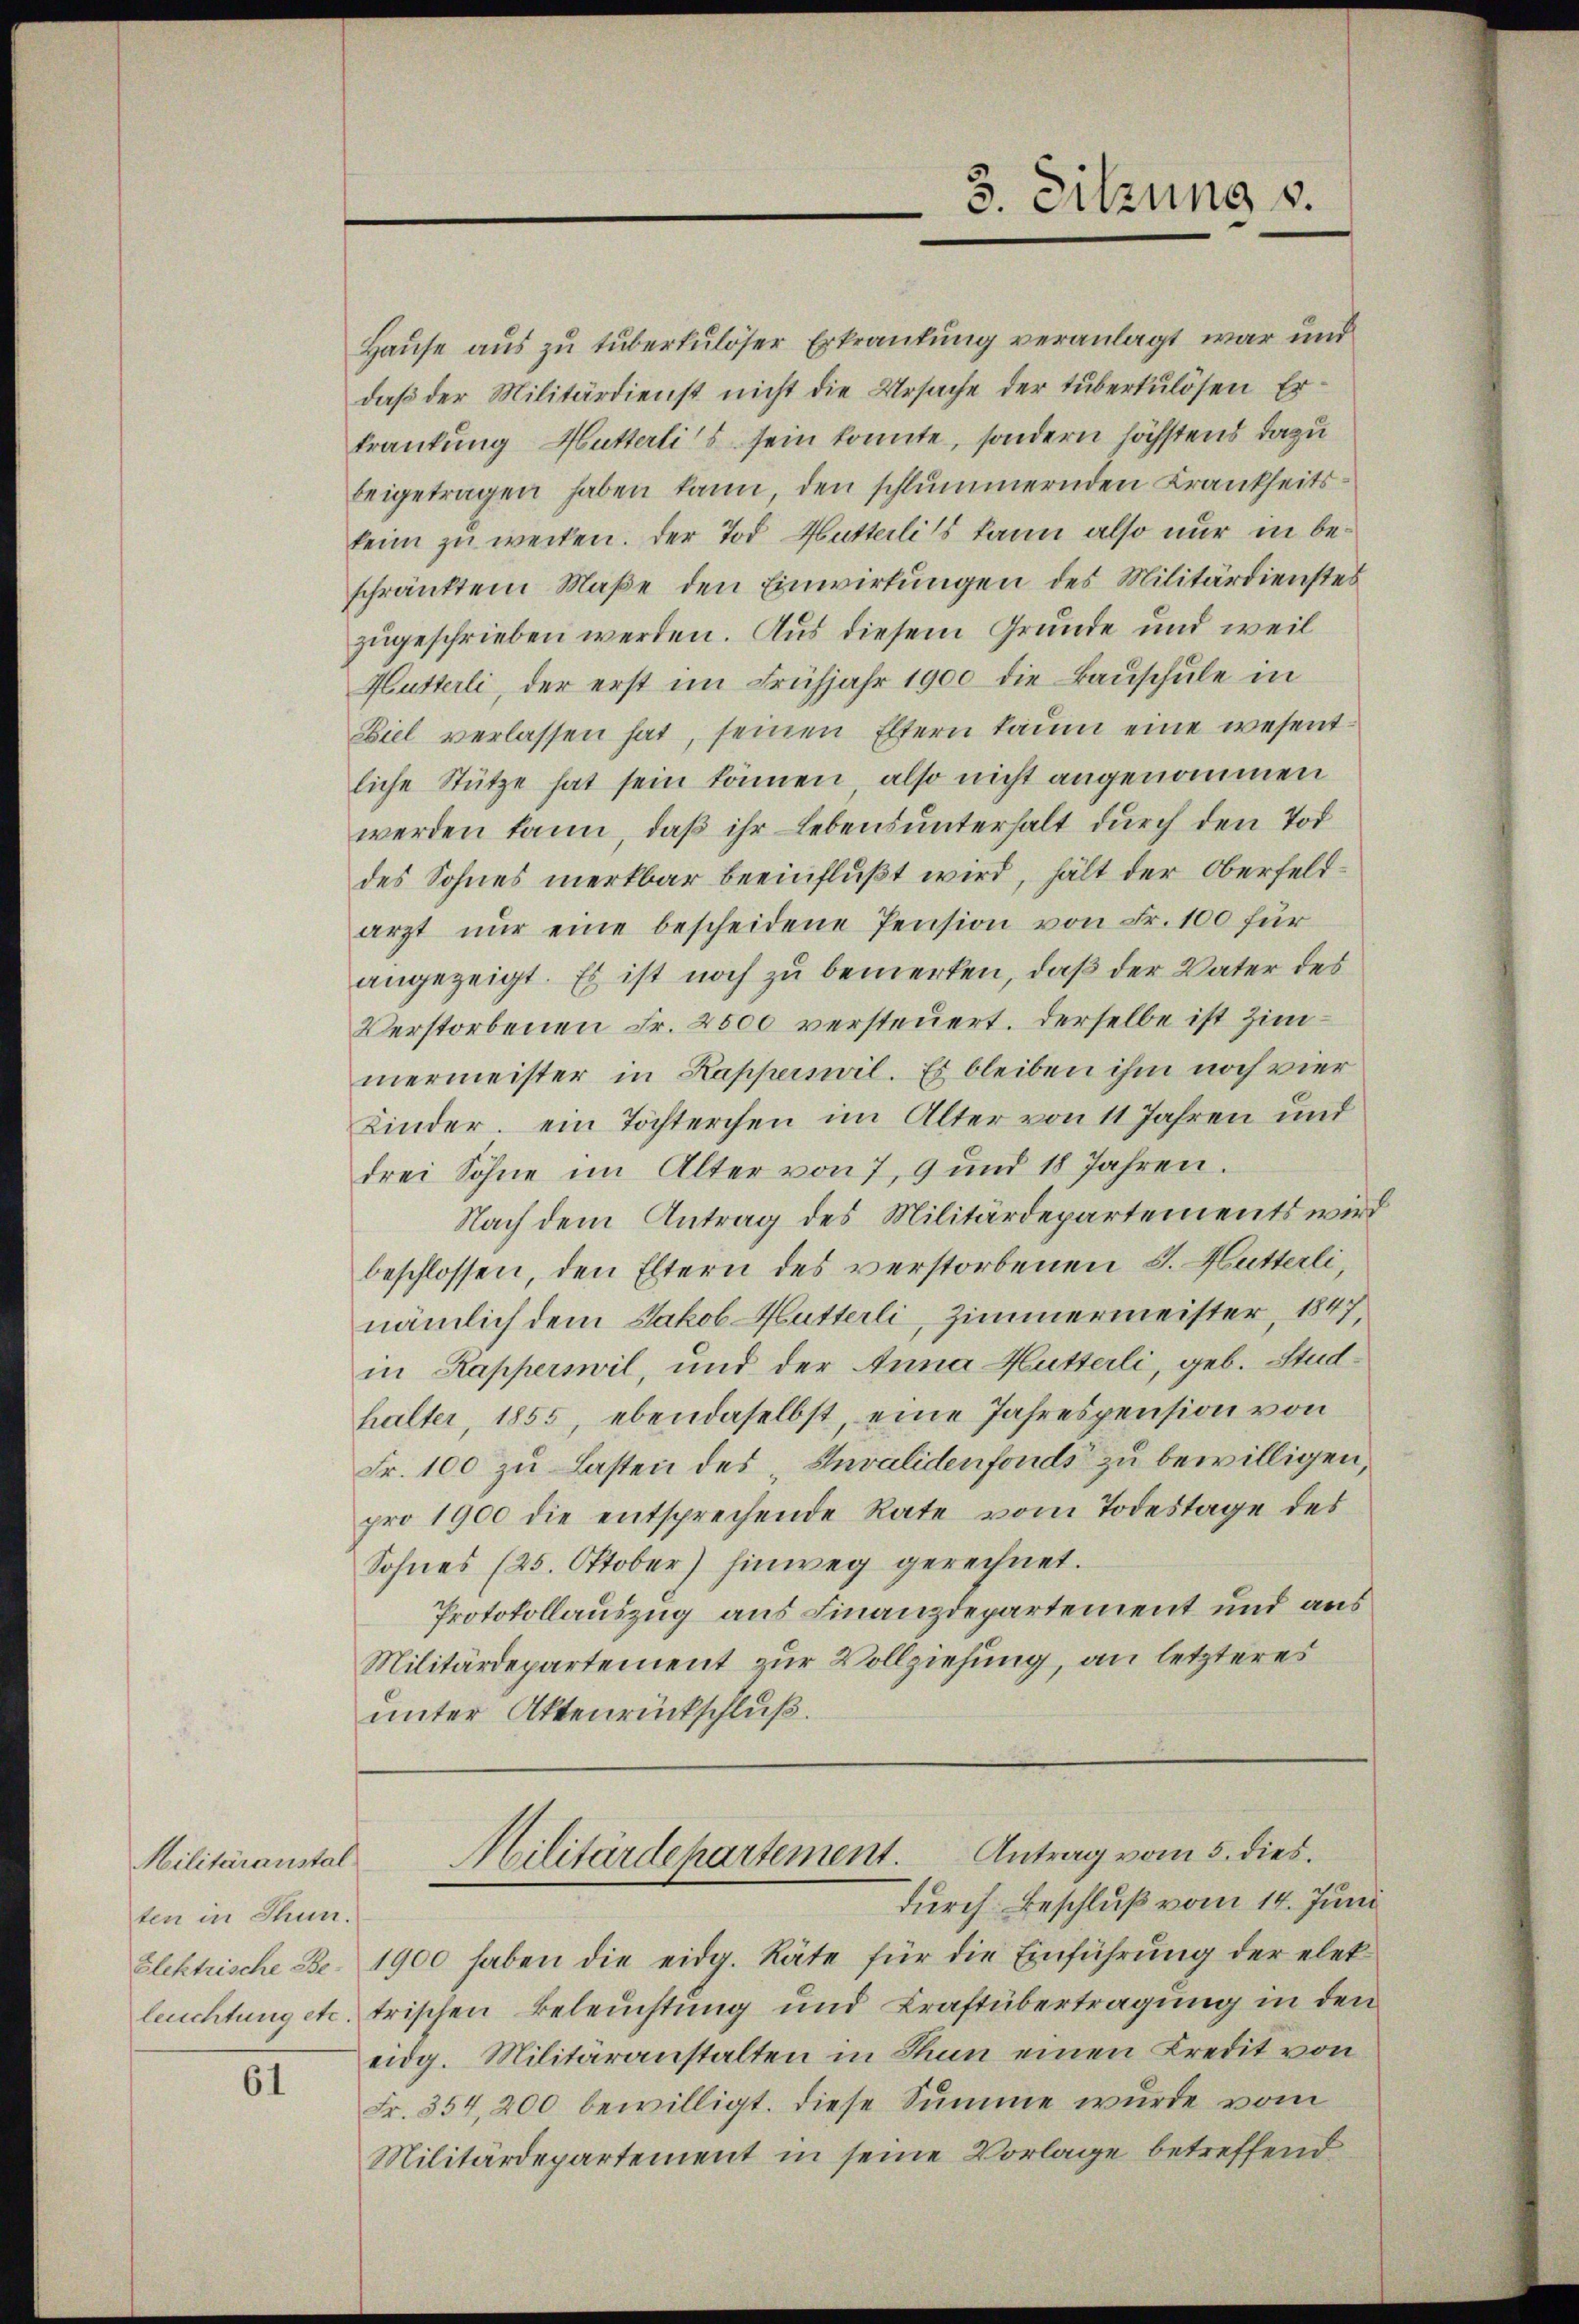
3. Sitzung v.

Hause aus zu tuberkulöser Erkrankung veranlagt war und
daß der Militärdienst nicht die Ursache der tuberkulösen Er
krankung Hutterlis sein konnte, sondern höchstens dazu
beigetragen haben kann den schlummernden Krankseitskeim zu wecken. Der Tod Mutterlits kann also nur in beschränktem Maße den Einwirkungen des Militärdienstes
zugeschrieben werden. Aus diesem Grunde und weil
Hutterli, der erst im Frühjahr 1900 die Bauschule in
Ziel verlassen hat, seinen Eltern kaum eine wesentliche Stütze hat sein können, also nicht angenommen
werden kann, daß ihr Lebensunterhalt durch den Tod
des Sohnes merkbar beeinflußt wird, hält der Oberfeldarzt nŭr eine bescheidene Pension von Fr. 100 für
angezeigt. Es ist noch zu bemerken, daß der Vater des
Verstorbenen Fr. 2500 versteuert. Derselbe ist Zimmermeister in Kapperswil. Es bleiben ihm noch vier
Kinder, ein Töchterchen im Alter von 11 Jahren und
drei Söhne im Alter von 7, 9 und 18 Jahren.
Nach dem Antrag des Militärdepartements wird
beschlossen, den Eltern des verstorbenen S. Hutterli,
nämlich dem Jakob Hutterli, Zimmermeister, 1847,
in Kapperswil, und der Anna Hutterli, geb. Studhalter, 1855, ebendaselbst, eine Jahrespension von
Fr. 100 zu Lasten des „Invalidenfonds zu bewilligen,
pro 1900 die entsprechende Rate vom Todestage des
Sohnes (25. Oktober) hinweg gerechnet.
Protokollauszug aus Finanzdepartement und aus
Militärdepartement zur Vollziehung, an letzteres
unter Aktenrückschluß.

1900 haben die eidg. Räte für die Einführung der elet
trischen Beleuchtung und Kraftübertragung in den
eidg. Militäranstalten in Thun einen Kredit von
Fr. 354,200 bewilligt. Diese Summe wurde vom
Militärdepartement in seine Vorlage betreffend

Antrag vom 5. dies.
Militärdepartement.
durch Beschluß vom 14. Juni

Militäranstal
ten in Thun.
Elektrische Beleuchtung etc.

61